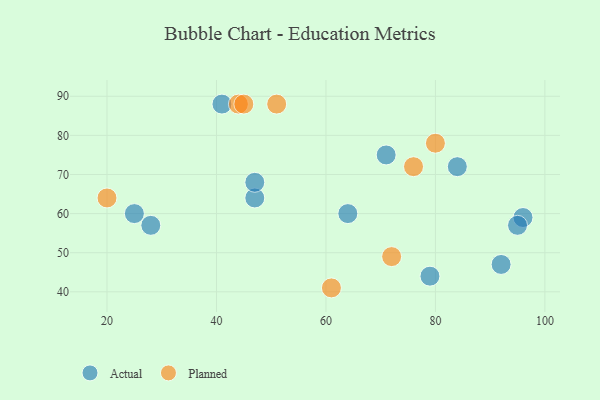
{"axis": {"x": "GDP", "y": "Life Expectancy"}, "legend": ["Actual", "Planned"], "data": [{"x": "84", "y": 72, "type": "Actual"}, {"x": "25", "y": 60, "type": "Actual"}, {"x": "47", "y": 64, "type": "Actual"}, {"x": "71", "y": 75, "type": "Actual"}, {"x": "28", "y": 57, "type": "Actual"}, {"x": "41", "y": 88, "type": "Actual"}, {"x": "92", "y": 47, "type": "Actual"}, {"x": "64", "y": 60, "type": "Actual"}, {"x": "79", "y": 44, "type": "Actual"}, {"x": "47", "y": 68, "type": "Actual"}, {"x": "96", "y": 59, "type": "Actual"}, {"x": "95", "y": 57, "type": "Actual"}, {"x": "44", "y": 88, "type": "Planned"}, {"x": "76", "y": 72, "type": "Planned"}, {"x": "80", "y": 78, "type": "Planned"}, {"x": "20", "y": 64, "type": "Planned"}, {"x": "72", "y": 49, "type": "Planned"}, {"x": "51", "y": 88, "type": "Planned"}, {"x": "61", "y": 41, "type": "Planned"}, {"x": "45", "y": 88, "type": "Planned"}]}